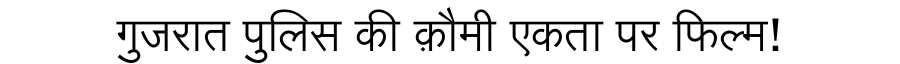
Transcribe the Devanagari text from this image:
गुजरात पुलिस की क़ौमी एकता पर फिल्म!